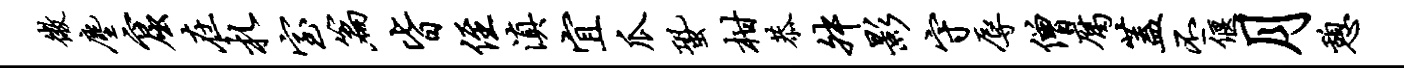
微尘窟在札室篇皆侄滇宜瓜蛩柑恭舛影守辱僧腐盖丕偃月憩